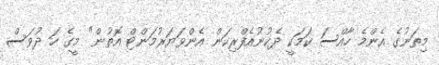
މިތަނުގެ އެންމެ ހާއްސަ ކަމަކީ ދެކުނުއެފްރިކަން އެންވަޔަރުމަންޓް އޮތުން" މީގެ ހަ ދުވަސް